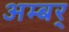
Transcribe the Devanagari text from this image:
अम्बर्